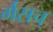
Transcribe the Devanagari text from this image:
र्गसच्